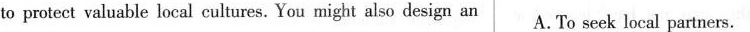
to protect valuable local cultures. You might also design an A.To seek local partners.